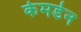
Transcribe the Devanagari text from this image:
केमडेन